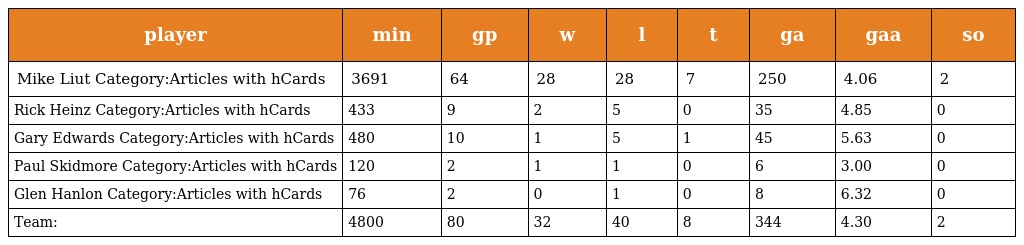
| player | min | gp | w | l | t | ga | gaa | so |
 | --- | --- | --- | --- | --- | --- | --- | --- | --- |
 | Mike Liut Category:Articles with hCards | 3691 | 64 | 28 | 28 | 7 | 250 | 4.06 | 2 |
 | Rick Heinz Category:Articles with hCards | 433 | 9 | 2 | 5 | 0 | 35 | 4.85 | 0 |
 | Gary Edwards Category:Articles with hCards | 480 | 10 | 1 | 5 | 1 | 45 | 5.63 | 0 |
 | Paul Skidmore Category:Articles with hCards | 120 | 2 | 1 | 1 | 0 | 6 | 3.00 | 0 |
 | Glen Hanlon Category:Articles with hCards | 76 | 2 | 0 | 1 | 0 | 8 | 6.32 | 0 |
 | Team: | 4800 | 80 | 32 | 40 | 8 | 344 | 4.30 | 2 |